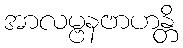
အာလမ္ဗနဗာဟန္တိ